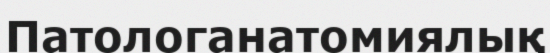
Патологанатомиялық